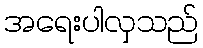
အရေးပါလှသည်